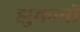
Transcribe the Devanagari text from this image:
झुकावों